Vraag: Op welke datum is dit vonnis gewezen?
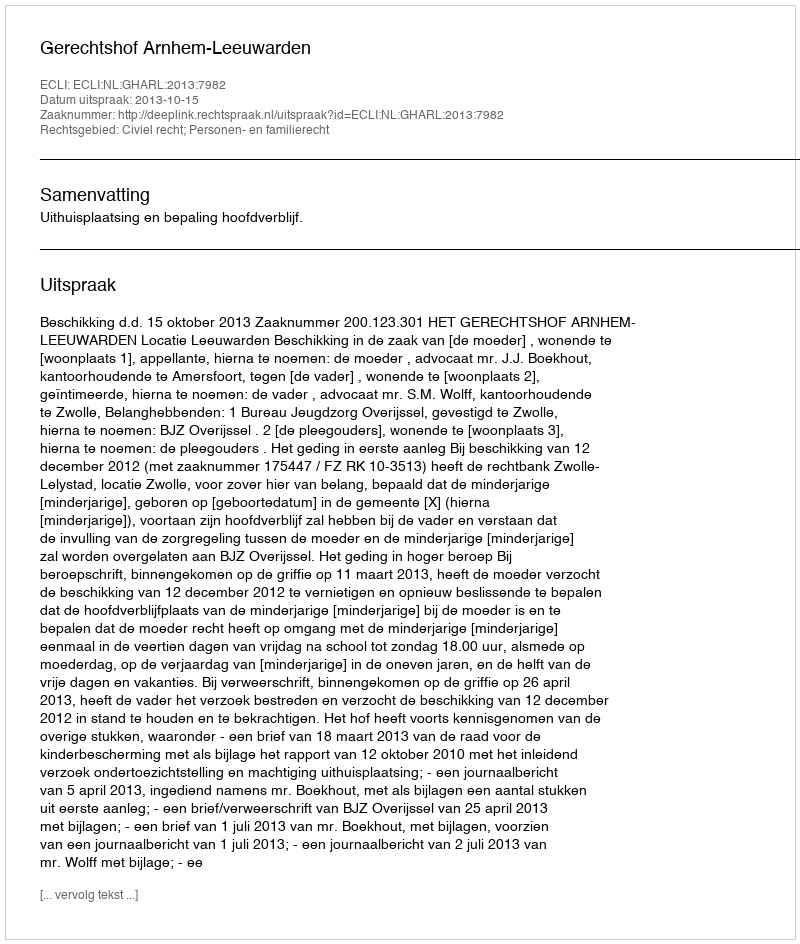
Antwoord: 2013-10-15